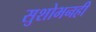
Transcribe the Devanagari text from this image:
सुशोभनही